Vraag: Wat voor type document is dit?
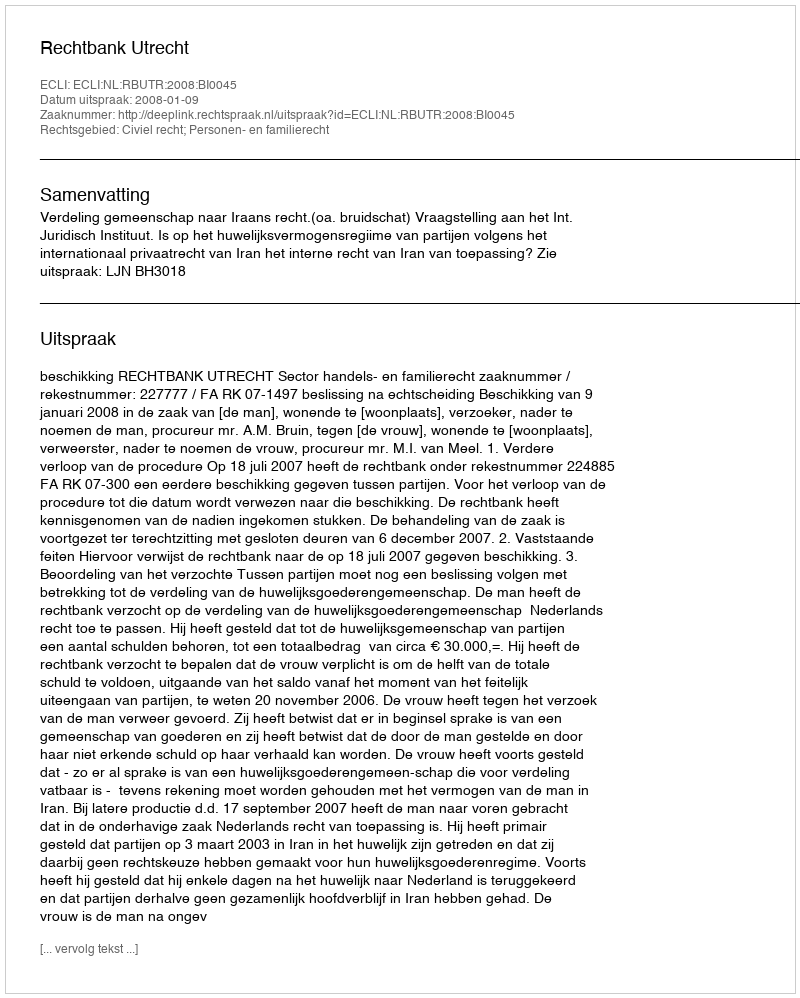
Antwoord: Uitspraak